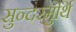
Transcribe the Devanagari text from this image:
सुन्दरमुर्थि